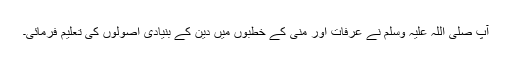
آپ صلی اللہ علیہ وَسلم نے عرفات اور منیٰ کے خطبوں میں دین کے بنیادی اُصولوں کی تعلیم فرمائی۔